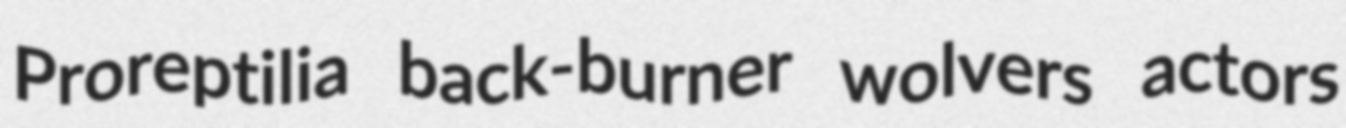
Proreptilia back-burner wolvers actors